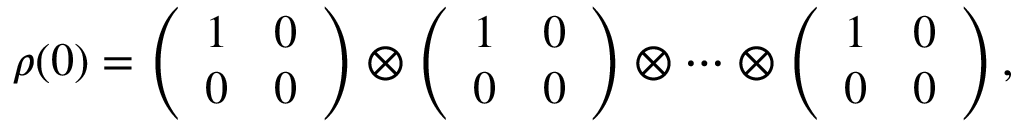
\rho ( 0 ) = \left( \begin{array} { l l } { 1 } & { 0 } \\ { 0 } & { 0 } \end{array} \right) \otimes \left( \begin{array} { l l } { 1 } & { 0 } \\ { 0 } & { 0 } \end{array} \right) \otimes \cdots \otimes \left( \begin{array} { l l } { 1 } & { 0 } \\ { 0 } & { 0 } \end{array} \right) ,